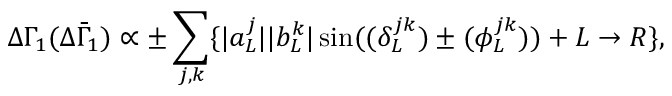
\Delta \Gamma _ { 1 } ( \Delta { \bar { \Gamma } _ { 1 } } ) \propto \pm \displaystyle \sum _ { j , k } \{ \displaystyle | a _ { L } ^ { j } | | b _ { L } ^ { k } | \sin ( \displaystyle ( \delta _ { L } ^ { j k } ) \pm ( \phi _ { L } ^ { j k } ) ) + L \to R \} ,